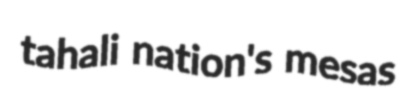
tahali nation's mesas